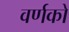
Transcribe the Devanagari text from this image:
वर्णको